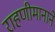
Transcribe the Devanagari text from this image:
राहणीमानाने